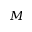
M